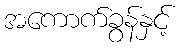
အကောက်ခွန်နှင့်